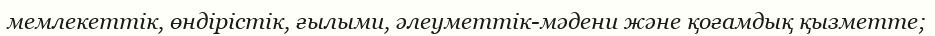
мемлекеттік, өндірістік, ғылыми, әлеуметтік-мәдени және қоғамдық қызметте;